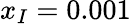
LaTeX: x_{I}=0.001